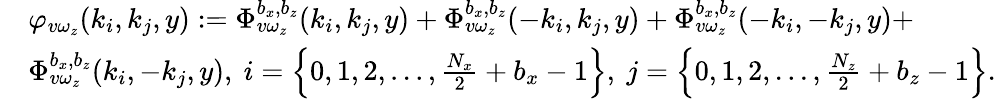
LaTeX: \begin{array}{rl}&{\varphi_{v\omega_{z}}(k_{i},k_{j},y):=\Phi_{v\omega_{z}}^{b_{x},b_{z}}(k_{i},k_{j},y)+\Phi_{v\omega_{z}}^{b_{x},b_{z}}(-k_{i},k_{j},y)+\Phi_{v\omega_{z}}^{b_{x},b_{z}}(-k_{i},-k_{j},y)+}\\ &{\Phi_{v\omega_{z}}^{b_{x},b_{z}}(k_{i},-k_{j},y),\ i=\left\{ 0,1,2,...,\frac{N_{x}}{2}+b_{x}-1\right\} ,\ j=\left\{ 0,1,2,...,\frac{N_{z}}{2}+b_{z}-1\right\} .}\end{array}